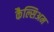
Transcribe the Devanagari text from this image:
कैल्सिअम